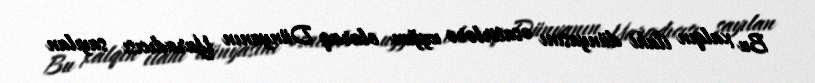
Bu xalqın ilahi dünyasını əsatirlərə uyğun olaraq Dünyanın Yaradıcısı sayılan